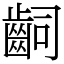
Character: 𪗪